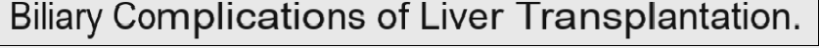
Biliary Complications of Liver Transplantation.